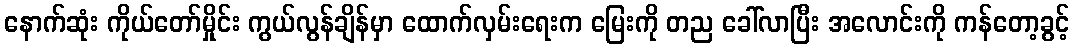
နောက်ဆုံး ကိုယ်တော်မှိုင်း ကွယ်လွန်ချိန်မှာ ထောက်လှမ်းရေးက မြေးကို တည ခေါ်လာပြီး အလောင်းကို ကန်တော့ခွင့်